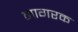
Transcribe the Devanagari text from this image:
नागरक